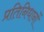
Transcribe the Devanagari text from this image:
प्रतिनिधानों